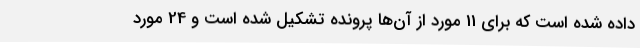
داده شده است که برای 11 مورد از آن‌ها پرونده تشکیل شده است و 24 مورد